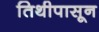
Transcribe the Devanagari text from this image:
तिथीपासून